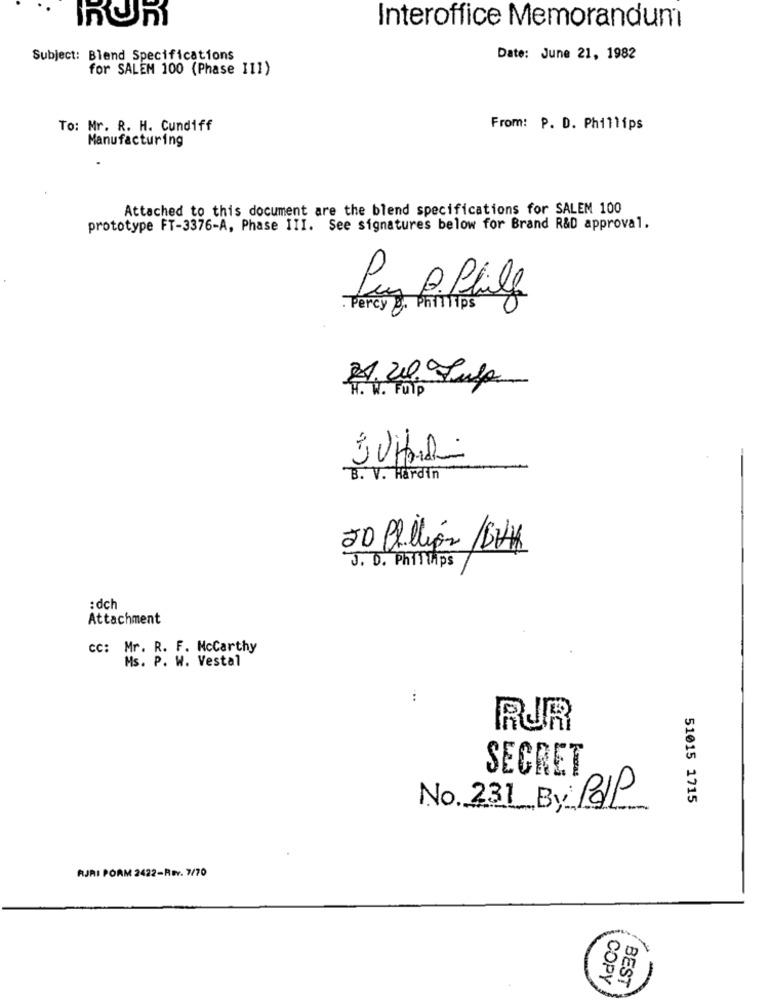
Interoffice Memorandum
Subject: Blend Specifications
Date: June 21, 1982
for SALEM 100 (Phase 11])
To: Mr. R. H. Cundiff
From: P. D. Phillips
Manufacturing
Attached to this document are the blend specifications for SALEM 100
prototype FT-3376-A, Phase III. See signatures below for Brand R&D approval.
Luz B. Philf
Percy . Phillips
H. W. FUIP
B. V. Hardin
10
50 Phillips/BIK
J. D. Phillips
: dch
Attachment
cc: Mr. R. F. Mccarthy
Ms. P. W. Vestal
:
RUR
SECRET
51015 1715
No 231 By PalP
RJRI PORM 2422-REY. 7/70
COPY
BEST